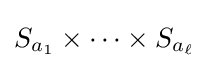
S_{a_{1}}\times \cdots \times S_{a_{\ell }}